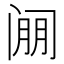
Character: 𰿱